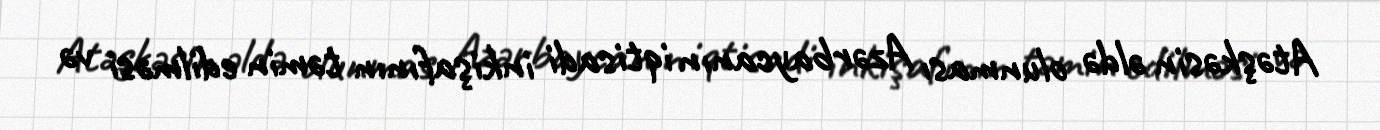
Atəşkəsin əldə olunması Azərbaycanın iqtisadi inkişafının təmin edilməsi və